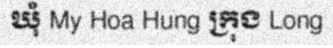
ឃុំ My Hoa Hung ក្រុង Long